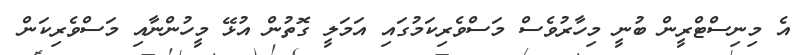
އެ މިނިސްޓްރީން ބުނީ މިހާރުވެސް މަސްވެރިކަމުގައި އަމަލީ ގޮތުން އުޅޭ މީހުންނާއި މަސްވެރިކަން